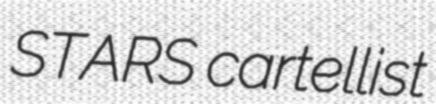
STARS cartellist